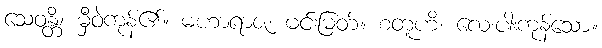
သေဝန္တိ၊ မှီဝဲကုန်၏။ မဟာရာဇ၊ မင်းမြတ်။ စတူဟိ၊ လေးပါးကုန်သော။